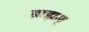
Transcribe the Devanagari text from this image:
ब्राह्मम्